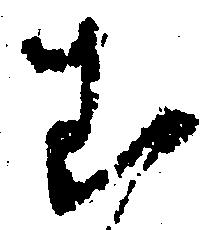
む